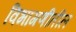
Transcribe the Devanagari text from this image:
विभागणीतील